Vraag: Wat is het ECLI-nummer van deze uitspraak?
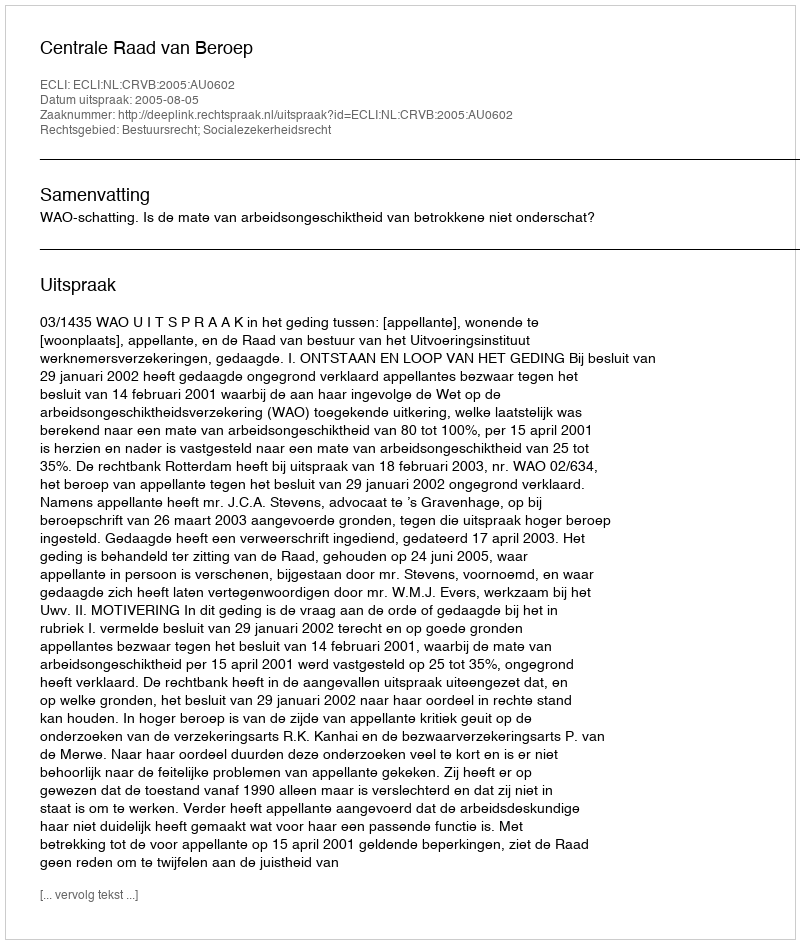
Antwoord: ECLI:NL:CRVB:2005:AU0602